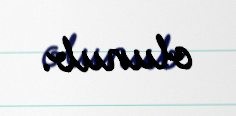
olunub.